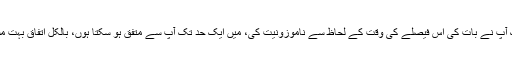
جہاں تک آپ نے بات کی اس فیصلے کی وقت کے لحاظ سے ناموزونیت کی، میں ایک حد تک آپ سے متفق ہو سکتا ہوں، بالکل اتفاق بہت مشکل ہے۔